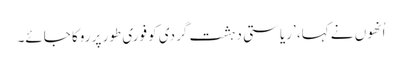
اُنھوں نے کہا، ’ریاستی دہشت گردی کو فوری طور پر روکا جائے۔